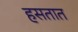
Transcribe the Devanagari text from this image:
हसतात